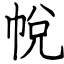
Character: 帨